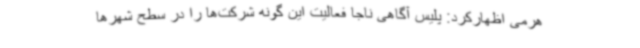
هرمی اظهارکرد: پلیس آگاهی ناجا فعالیت این گونه شرکت‌ها را در سطح شهرها